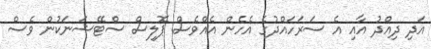
އަދި ދިއްދު އާއި އެ ސަރަހައްދުގެ އެހެން އެއްވެސް ޕޮލިސް ސްޓޭޝަނަކުން ވެސް